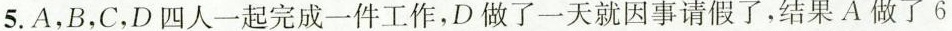
5.A，B，C，D四人一起完成一件工作，D做了一天就因事请假了，结果A做了6